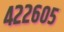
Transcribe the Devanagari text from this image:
४२२६०५